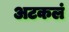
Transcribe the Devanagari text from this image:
अटकलं